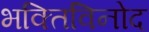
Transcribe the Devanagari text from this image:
भक्तिविनोद